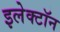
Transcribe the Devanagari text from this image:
इलेक्‍टॉन